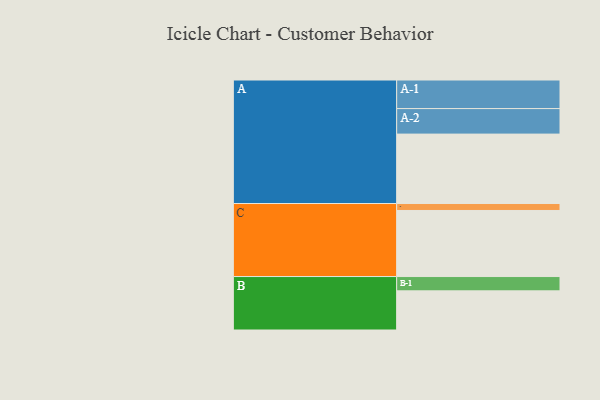
{"axis": {"x": "Segment", "y": "Value"}, "legend": ["", "A", "B", "C"], "data": [{"x": "A", "y": 539, "type": ""}, {"x": "B", "y": 304, "type": ""}, {"x": "C", "y": 513, "type": ""}, {"x": "A-1", "y": 222, "type": "A"}, {"x": "A-2", "y": 198, "type": "A"}, {"x": "B-1", "y": 111, "type": "B"}, {"x": "C-1", "y": 54, "type": "C"}]}